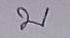
บ